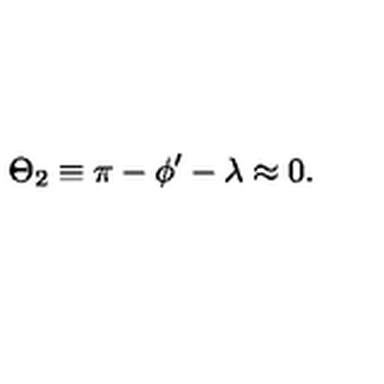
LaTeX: \Theta _ { 2 } \equiv \pi - \phi ^ { \prime } - \lambda \approx 0 .